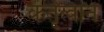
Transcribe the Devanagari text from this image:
कर्तृत्वान